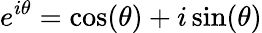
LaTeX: e^{i\theta}=\cos(\theta)+i\sin(\theta)